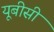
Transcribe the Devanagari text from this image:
यूबीसी